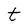
Character: t